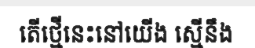
តើថ្មើនេះនៅយើង ស្មើនឹង